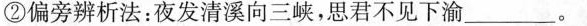
②偏旁辨析法：夜发清溪向三峡，思君不见下渝___。